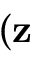
{ \bf \Psi } ( \bf { z }